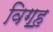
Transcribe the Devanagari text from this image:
विग॒ह